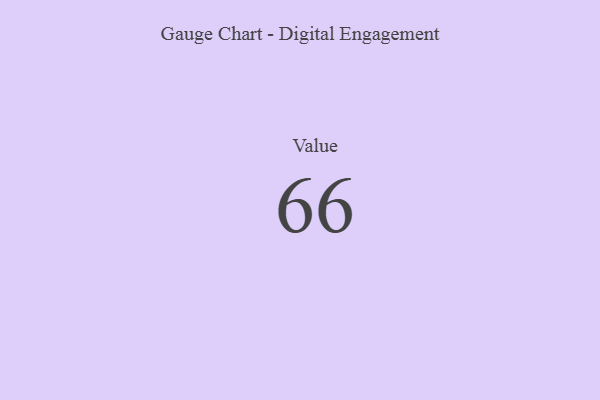
{"axis": {"x": "Metric", "y": "Value"}, "legend": [""], "data": [{"x": "Value", "y": 66, "type": ""}]}